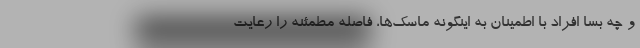
و چه بسا افراد با اطمینان به اینگونه ماسک‌ها، فاصله مطمئنه را رعایت